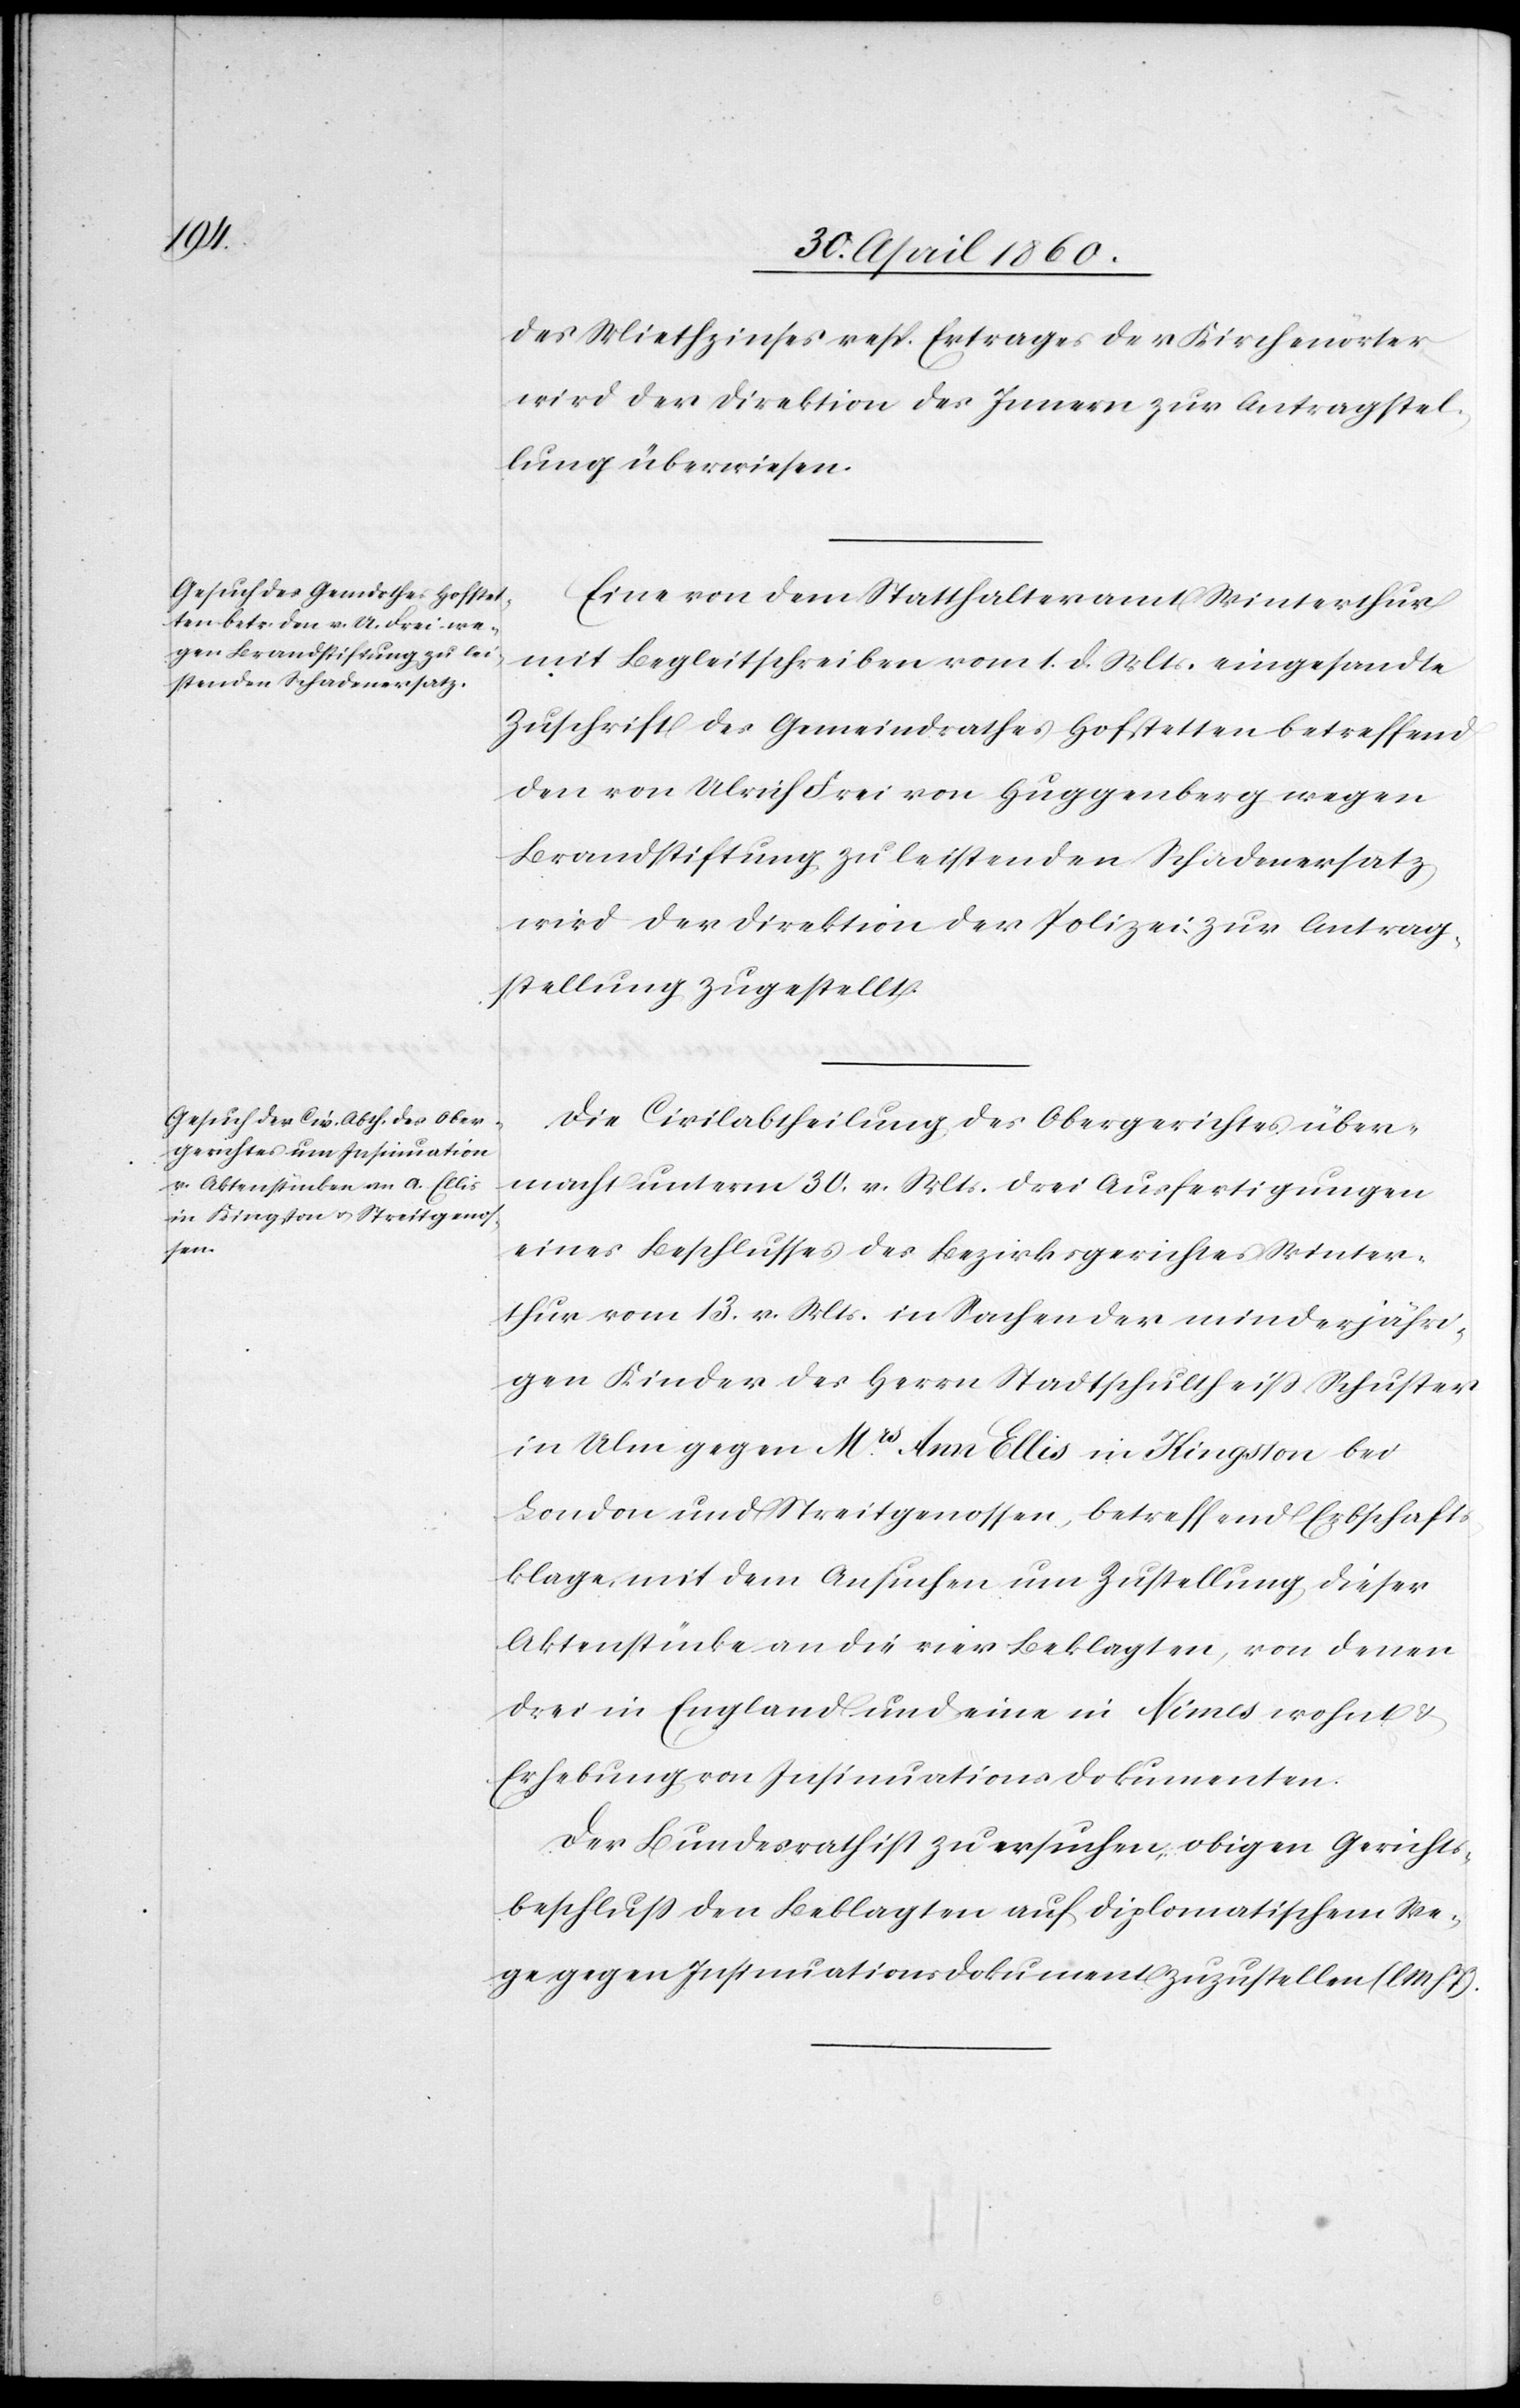
des Miethzinses resp. Ertrages der Kirchenörter
wird der Direktion des Innern zur Antragstel¬
lung überwiesen.
Eine von dem Statthalteramt Winterthur
mit Begleitschreiben vom 1. d. Mts. eingesandte
Zuschrift des Gemeindrathes Hofstetten betreffend
den von Ulrich Frei von Huggenberg wegen
Brandstiftung zu leistenden Schadenersatz
wird der Direktion der Polizei zur Antrag¬
stellung zugestellt.
Die Civilabtheilung des Obergerichtes über¬
macht unterm 30. v. Mts. drei Ausfertigungen
eines Beschlusses des Bezirksgerichtes Winter¬
thur vom 13. v. Mts. in Sachen der minderjähri¬
gen Kinder des Herrn Stadtschultheiss Schuster
in Ulm gegen Mrs Ann Ellis in Kingston bei
London und Streitgenossen, betreffend Erbschafts¬
klage, mit dem Ansuchen um Zustellung dieser
Aktenstücke an die vier Beklagten, von denen
drei in England und eine in Nimes wohnt u.
Erhebung von Insinuationsdokumenten.
Der Bundesrath ist zu ersuchen, obigen Gerichts¬
beschluß den Beklagten auf diplomatischem We¬
ge gegen Insinuationsdokument zuzustellen. [l. M. h.